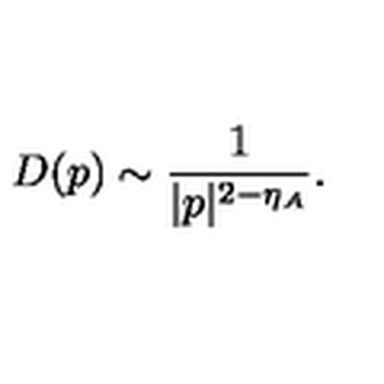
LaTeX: D ( p ) \sim \frac { 1 } { | p | ^ { 2 - \eta _ { A } } } .